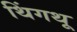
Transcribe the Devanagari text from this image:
थिंगथू